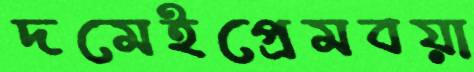
দমেইপ্রেমবয়া